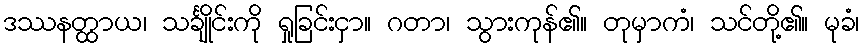
ဒဿနတ္ထာယ၊ သင်္ချိုင်းကို ရှုခြင်းငှာ။ ဂတာ၊ သွားကုန်၏။ တုမှာကံ၊ သင်တို့၏။ မုခံ၊